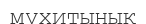
мұхитынық